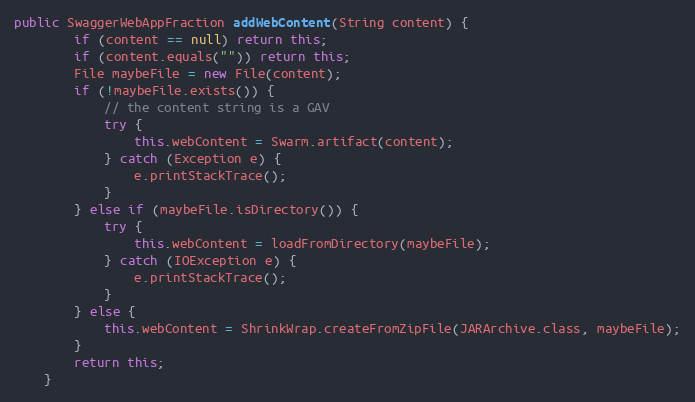
Language: Java
public SwaggerWebAppFraction addWebContent(String content) {
        if (content == null) return this;
        if (content.equals("")) return this;
        File maybeFile = new File(content);
        if (!maybeFile.exists()) {
            // the content string is a GAV
            try {
                this.webContent = Swarm.artifact(content);
            } catch (Exception e) {
                e.printStackTrace();
            }
        } else if (maybeFile.isDirectory()) {
            try {
                this.webContent = loadFromDirectory(maybeFile);
            } catch (IOException e) {
                e.printStackTrace();
            }
        } else {
            this.webContent = ShrinkWrap.createFromZipFile(JARArchive.class, maybeFile);
        }
        return this;
    }